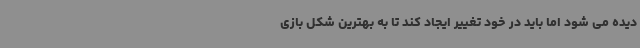
دیده می شود اما باید در خود تغییر ایجاد کند تا به بهترین شکل بازی